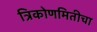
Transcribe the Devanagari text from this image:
त्रिकोणमितीचा